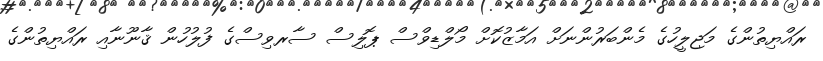
ރައްޔިތުންގެ މަޖިލީހުގެ މެންބަރުންނަށް އަމާޒުކޮށް މޯލްޑިވްސް ޕޮލިސް ސާރވިސްގެ ފުލުހުން ޤާނޫނާއި ރައްޔިތުންގެ